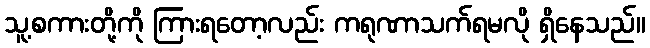
သူ့စကားတို့ကို ကြားရတော့လည်း ကရုဏာသက်ရမလို ရှိနေသည်။